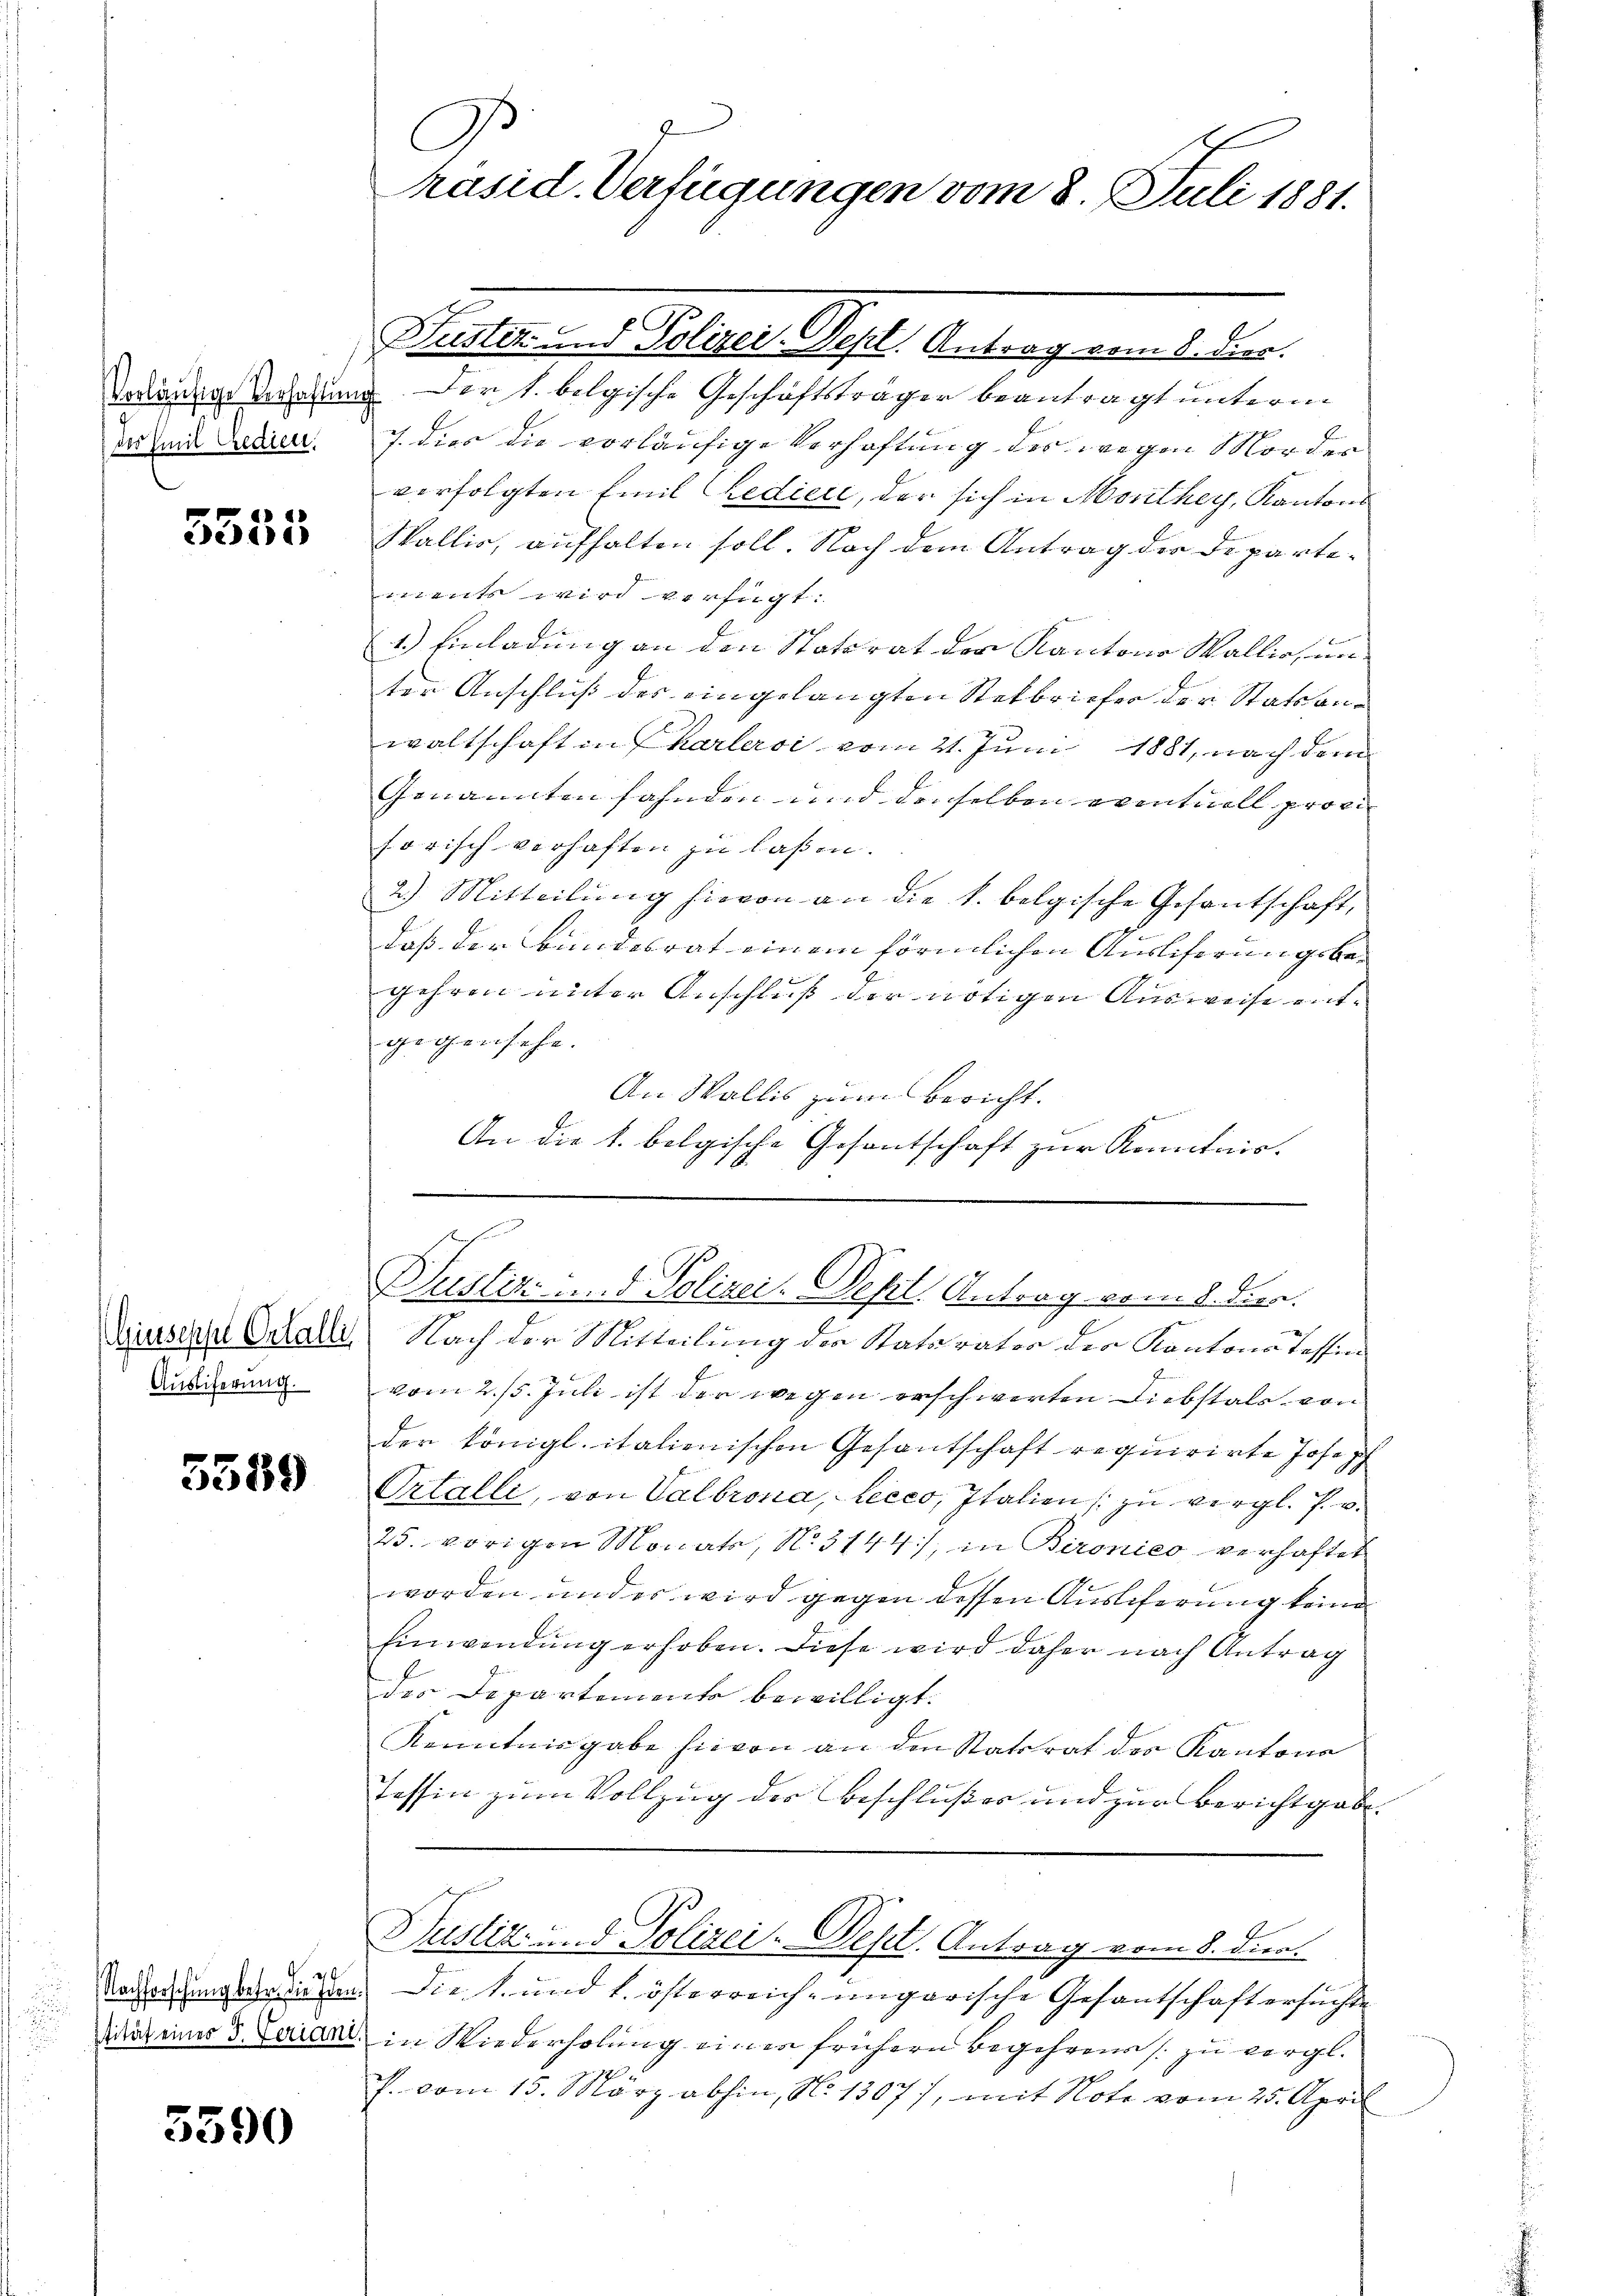
vorläufige Verhaftung
des Emil Credien.

5555

Giusepfel Ortalli
Ausliferung.

5589

2
Nachforschung betr. die Fran
tität eines J. Feriant

5390

G.
räsid. Verfügungen vom 8. Juli 1881.

d

Puster- und Polizei-Tepl. Antrag vom 8. dies
Der l. belgische Geschäftsträger beantragt unterm
7. dies die vorläufige Verhaftung der wegen Morder
verfolgten Emil Bediere, der sich in Morithey, Kantons
Wallis, aufhalten soll. Nach dem Antrag der Departements wird verfügt:
1.) Einladung an den Statorat der Kantone Wallichunter Anschluß des eingelangten Stetbriefer der Statsanwaltschaft in Charlerci vom 21. Juni 1881, nach dem
Genannten fahnden und denselben eventuell provi
sorisch verhaften zu laßen.
2.) Mitteilung hievon an die k. belgische Gesantschaft,
daß der Bundesrat einem förmlichen Auslieferungsbegehren unter Anschluß der nötigen Ausweise entgegensehe.
An Wallis zum Bericht.
1
An die l. belgische Gesantschaft zur Kenntnis.
Kustiz u. d. Polizei. Sept Antrag vom 8. dies
Nach der Mitteilung der Staturator der Kantons Tessin
vom 2./5. Juli ist der wegen erschwerten Diebstals von
der königl. italienischen Gesantschaft requirirte Joseph
Ortalli, von Valbrona, Lecco, Italien zu vergl. P. v.
25. vorigen Monata, No. 3144), in Bironico verhaftet
worden und es wird gegen dessen Auslieferung keine
Einwendung erhoben. Diese wird daher nach Antrag
des Departement bewilligt.
Kenntnis gabe hievon an den Stattrat die Kantons
Tessin zum Vollzug der Beschlußes und zur Berichtgabe.
Justiz- und Polizei- West. Antrag vom 8. dien.
Die 1. und k. österreich-ungarische Gesantschaft ersuchte
in Wiederholung einer frühern Begehren s. zu vergl.
P. vom 15. März abhin, N. 1307), mit Note vom 25. April